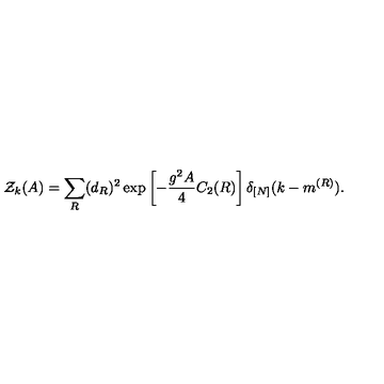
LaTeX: { \cal Z } _ { k } ( A ) = \sum _ { R } ( d _ { R } ) ^ { 2 } \exp \left[ - \frac { g ^ { 2 } A } { 4 } C _ { 2 } ( R ) \right] \delta _ { [ N ] } ( k - m ^ { ( R ) } ) .